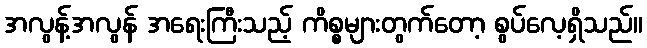
အလွန့်အလွန် အရေးကြီးသည့် ကိစ္စများတွက်တော့ စွပ်လေ့ရှိသည်။